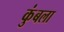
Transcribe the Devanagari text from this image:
कुंबला